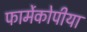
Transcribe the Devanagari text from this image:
फार्मेकोपीया